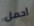
أحمل